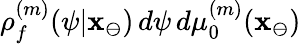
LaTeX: \rho_{f}^{(m)}(\psi|\mathbf{x}_{\ominus})\, d\psi\, d\mu_{0}^{(m)}(\mathbf{x}_{\ominus})